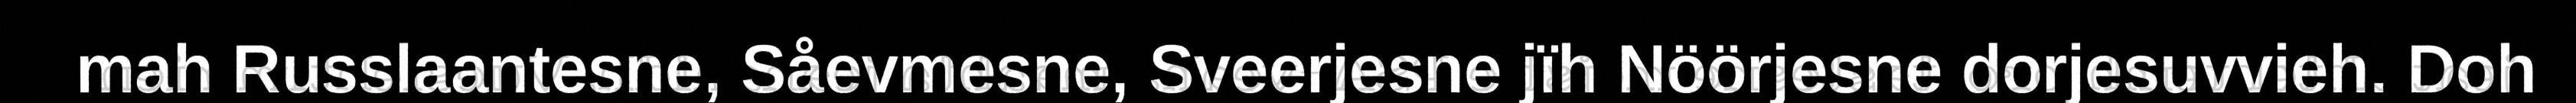
mah Russlaantesne, Såevmesne, Sveerjesne jïh Nöörjesne dorjesuvvieh. Doh